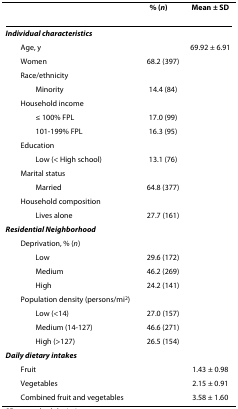
<table><thead><tr><td></td><td><b>% (<i>n</i>)</b></td><td><b>Mean ± SD</b></td></tr></thead><tbody><tr><td><i><b>Individual characteristics</b></i></td><td></td><td></td></tr><tr><td> Age, y</td><td></td><td>69.92 ± 6.91</td></tr><tr><td> Women</td><td>68.2 (397)</td><td></td></tr><tr><td> Race/ethnicity</td><td></td><td></td></tr><tr><td>Minority</td><td>14.4 (84)</td><td></td></tr><tr><td> Household income</td><td></td><td></td></tr><tr><td>≤ 100% FPL</td><td>17.0 (99)</td><td></td></tr><tr><td>101-199% FPL</td><td>16.3 (95)</td><td></td></tr><tr><td> Education</td><td></td><td></td></tr><tr><td>Low (&lt; High school)</td><td>13.1 (76)</td><td></td></tr><tr><td> Marital status</td><td></td><td></td></tr><tr><td>Married</td><td>64.8 (377)</td><td></td></tr><tr><td> Household composition</td><td></td><td></td></tr><tr><td>Lives alone</td><td>27.7 (161)</td><td></td></tr><tr><td><i><b>Residential Neighborhood</b></i></td><td></td><td></td></tr><tr><td> Deprivation, % (<i>n</i>)</td><td></td><td></td></tr><tr><td>Low</td><td>29.6 (172)</td><td></td></tr><tr><td>Medium</td><td>46.2 (269)</td><td></td></tr><tr><td>High</td><td>24.2 (141)</td><td></td></tr><tr><td> Population density (persons/mi<sup>2</sup>)</td><td></td><td></td></tr><tr><td>Low (&lt;14)</td><td>27.0 (157)</td><td></td></tr><tr><td>Medium (14-127)</td><td>46.6 (271)</td><td></td></tr><tr><td>High (&gt;127)</td><td>26.5 (154)</td><td></td></tr><tr><td><i><b>Daily dietary intakes</b></i></td><td></td><td></td></tr><tr><td> Fruit</td><td></td><td>1.43 ± 0.98</td></tr><tr><td> Vegetables</td><td></td><td>2.15 ± 0.91</td></tr><tr><td> Combined fruit and vegetables</td><td></td><td>3.58 ± 1.60</td></tr></tbody></table>